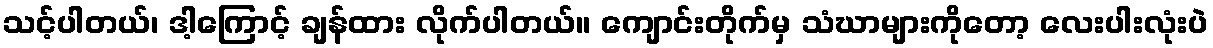
သင့်ပါတယ်၊ ဒါ့ကြောင့် ချန်ထား လိုက်ပါတယ်။ ကျောင်းတိုက်မှ သံဃာများကိုတော့ လေးပါးလုံးပဲ